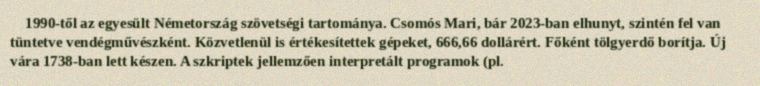
1990-től az egyesült Németország szövetségi tartománya. Csomós Mari, bár 2023-ban elhunyt, szintén fel van tüntetve vendégművészként. Közvetlenül is értékesítettek gépeket, 666,66 dollárért. Főként tölgyerdő borítja. Új vára 1738-ban lett készen. A szkriptek jellemzően interpretált programok (pl.